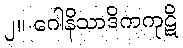
၂။ ဂေါနိသာဒိကကုဋိ